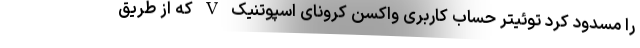
را مسدود کرد توئیتر حساب کاربری واکسن کرونای اسپوتنیک V که از طریق